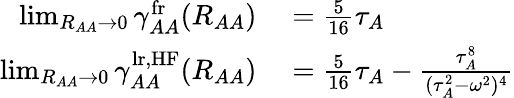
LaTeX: \begin{array}{rl}{\operatorname*{lim}_{R_{AA}\to 0}\gamma_{AA}^{\mathrm{fr}}(R_{AA})}&{{}=\frac{5}{16}\tau_{A}}\\ {\operatorname*{lim}_{R_{AA}\to 0}\gamma_{AA}^{\mathrm{lr,HF}}(R_{AA})}&{{}=\frac{5}{16}\tau_{A}-\frac{\tau_{A}^{8}}{(\tau_{A}^{2}-\omega^{2})^{4}}}\end{array}